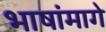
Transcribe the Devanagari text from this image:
भाषांमागे